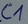
Text: C1